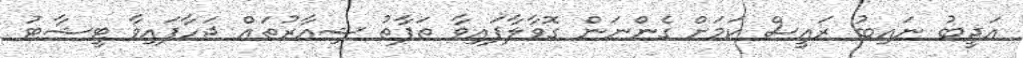
އަދީބު ނައިބު ރައީސް ކަމަށް ގެންނަން ގޮވާލާފައިވާ ތަފާތު ޝިއާރުތައް ޖަހާފައިވާ ޓީޝާޓު